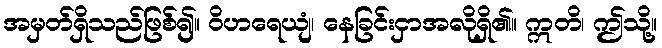
အမှတ်ရှိသည်ဖြစ်၍။ ဝိဟရေယျံ၊ နေခြင်းငှာအလိုရှိ၏။ ဣတိ၊ ဤသို့။